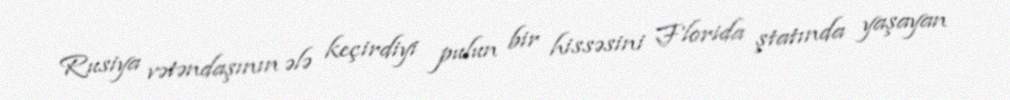
Rusiya vətəndaşının ələ keçirdiyi pulun bir hissəsini Florida ştatında yaşayan